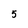
Character: 5